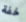
خفة